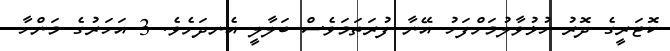
ކޮޓަރީގެ ދޮރު ހުޅުވާލުމަށްފަހު އޭނާ ފުރަތަމަވެސް ބަލާލީ އެނދަށެވެ. 3 އަހަރުގެ މަންހާ